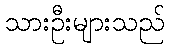
သားဦးများသည်